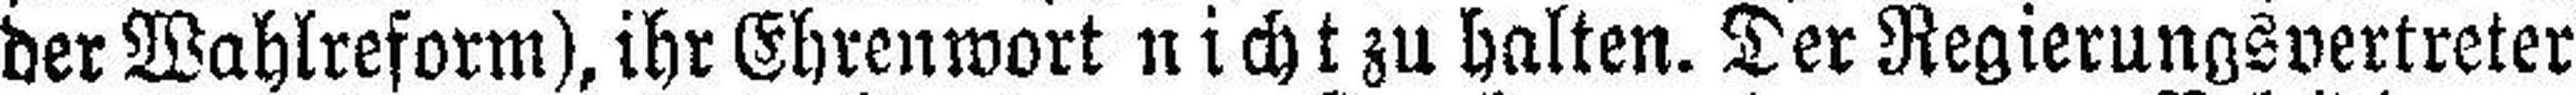
der Wahlreform), ihr Ehrenwort nicht zu halten. Der Regierungsvertreter